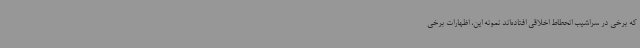
که برخی در سراشیب انحطاط اخلاقی افتاده‌اند نمونه‌ این، اظهارات برخی